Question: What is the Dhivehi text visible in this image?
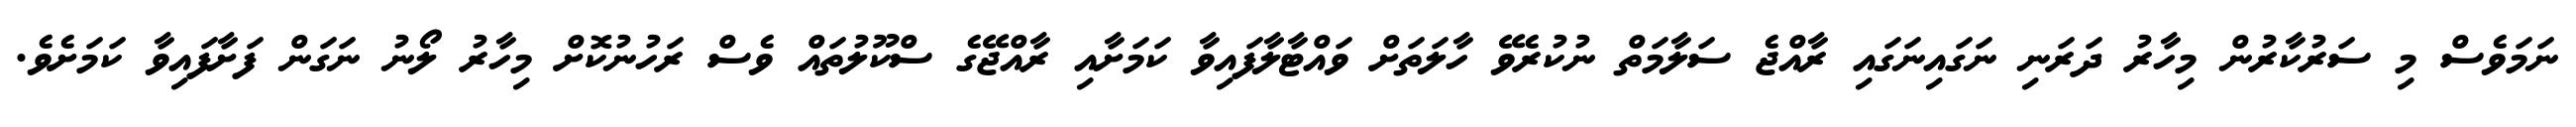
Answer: ނަމަވެސް މި ސަރުކާރުން މިހާރު ދަރަނި ނަގައިނަގައި ރާއްޖެ ސަލާމަތް ނުކުރެވޭ ހާލަތަށް ވައްޓާލާފައިވާ ކަމަށާއި ރާއްޖޭގެ ސްކޫލުތައް ވެސް ރަހުނުކޮށް މިހާރު ލޯނު ނަގަން ފަށާފައިވާ ކަމަށެވެ.